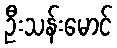
ဦးသန်းမောင်